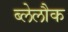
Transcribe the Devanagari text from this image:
ब्लेलौक